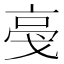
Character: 𬽎